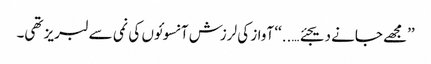
’’مجھے جانے دیجئے…..‘‘ آواز کی لرزش آنسوئوں کی نمی سے لبریز تھی۔